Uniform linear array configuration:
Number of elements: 4
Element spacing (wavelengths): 1
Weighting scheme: hann
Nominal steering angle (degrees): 0
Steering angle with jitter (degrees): -1.491
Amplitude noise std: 0.05
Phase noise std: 0.05

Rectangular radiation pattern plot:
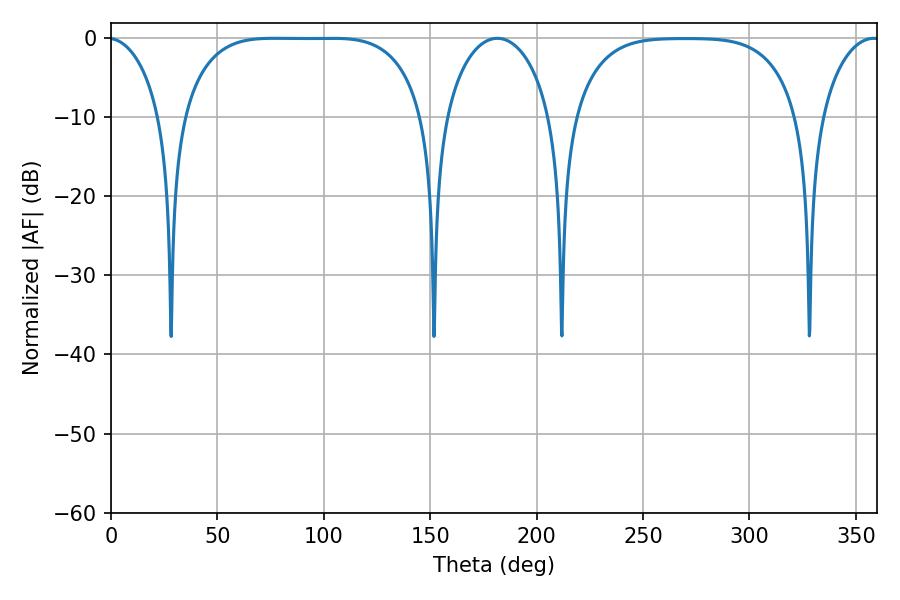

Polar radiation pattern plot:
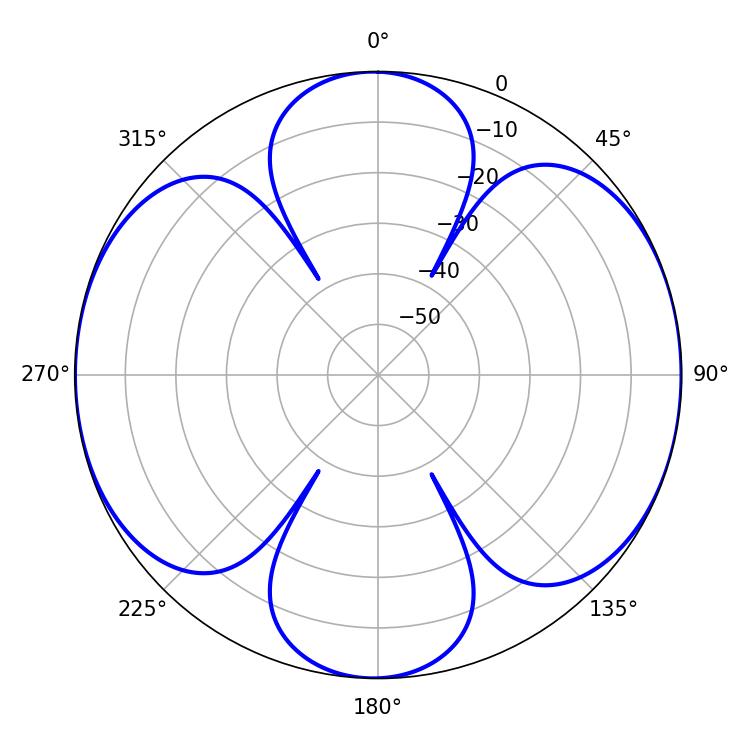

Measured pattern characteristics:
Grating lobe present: TRUE
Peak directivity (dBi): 12.481
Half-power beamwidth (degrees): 87.12
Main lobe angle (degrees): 76.68